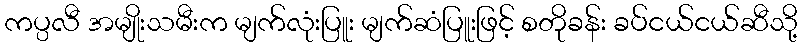
ကပ္ပလီ အမျိုးသမီးက မျက်လုံးပြူး မျက်ဆံပြူးဖြင့် စတိုခန်း ခပ်ငယ်ငယ်ဆီသို့